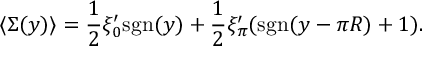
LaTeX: \langle \Sigma ( y ) \rangle = { \frac { 1 } { 2 } } \xi _ { 0 } ^ { \prime } \mathrm { s g n } ( y ) + { \frac { 1 } { 2 } } \xi _ { \pi } ^ { \prime } ( \mathrm { s g n } ( y - \pi R ) + 1 ) .